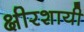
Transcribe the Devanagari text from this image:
क्षीरशायी